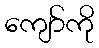
ကျော်ကို